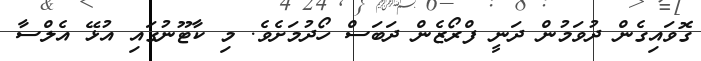
ގޮވައިގެން ދުވަމުން ދަނީ ފްރޯޒެން ދަބަސް ހޯދުމަށެވެ. މި ކާޓޫނުގައި އުޅޭ އެލްސާ